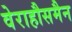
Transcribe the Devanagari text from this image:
वेराहौसमैन